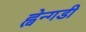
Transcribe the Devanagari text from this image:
ह्वेन्गडी